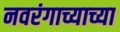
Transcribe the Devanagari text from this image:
नवरंगाच्याच्या